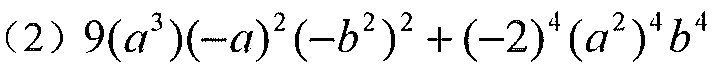
(2) \(9(a^{3})(-a)^{2}(-b^{2})^{2}+(-2)^{4}(a^{2})^{4}b^{4}\)